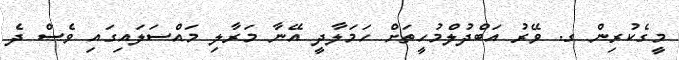
މީގެކުރިން ގ. ވޭރު އަބްދުލްމުހީތަށް ހަމަލާދީ އޭނާ މަރާލި މައްސަލައިގައި ވެސް ދެ